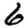
Digit: 6